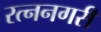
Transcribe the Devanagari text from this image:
रत्ननगरी